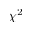
\chi ^ { 2 }